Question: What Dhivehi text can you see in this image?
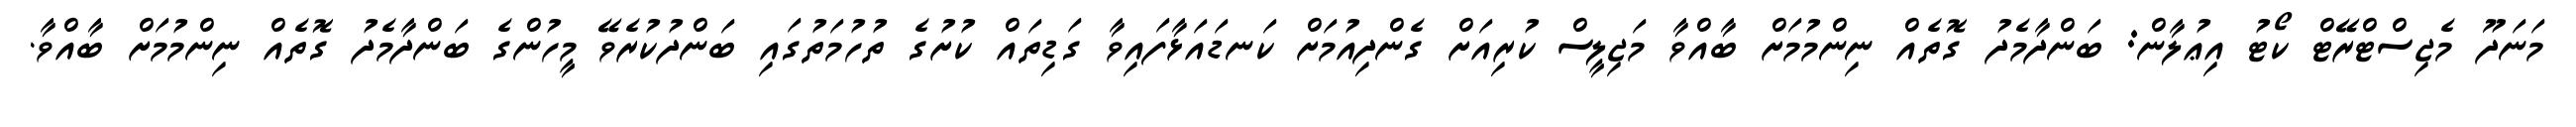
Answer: މަނަދޫ މެޖިސްޓްރޭޓް ކޯޓު އިޢުލާން: ބަންދާމެދު ގޮތެއް ނިންމުމަށް ބާއްވާ މަޖިލީސް ކުރިއަށް ގެންދިއުމަށް ކަނޑައަޅާފައިވާ ގަޑިތައް ކުށުގެ ތުހުމަތުގައި ބަންދުކުރެވޭ މީހުންގެ ބަންދާމެދު ގޮތެއް ނިންމުމަށް ބާއްވާ.